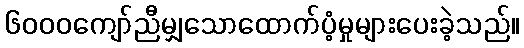
၆၀၀၀ကျော်ညီမျှသောထောက်ပံ့မှုများပေးခဲ့သည်။